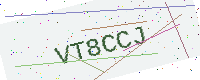
Text: VT8CCJ